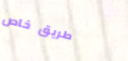
طريق خاص